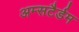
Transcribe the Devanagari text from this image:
अम्सटैर्डम